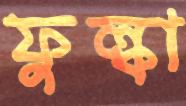
ফুল্কা